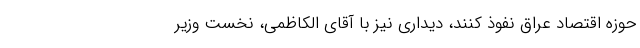
حوزه اقتصاد عراق نفوذ کنند، دیداری نیز با آقای الکاظمی، نخست وزیر